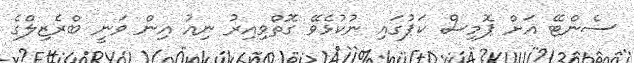
ސެންޓޭ އަށް ޕޮމިސް ކަޕުގައި ނުކުޅެވޭ ގޮތްވިއިރު ނިއު އިން ވަނީ ބްރެޒިލްގެ